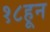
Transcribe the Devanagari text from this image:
१८हून